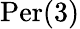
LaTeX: {\mathrm{Per}}(3)